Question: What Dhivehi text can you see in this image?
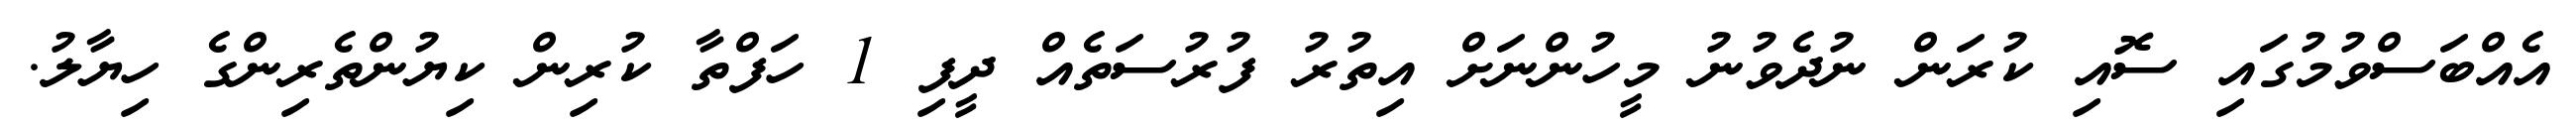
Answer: އެއްބަސްވުމުގައި ސޮއި ކުރަން ނުދެވުނު މީހުންނަށް އިތުރު ފުރުސަތެއް ދީފި 1 ހަފްތާ ކުރިން ކިޔުންތެރިންގެ ހިޔާލު.